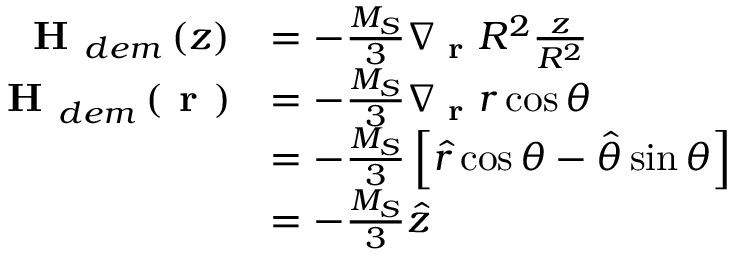
\begin{array} { r l } { \textbf { H } _ { d e m } \left( z \right) } & { = - \frac { M _ { S } } { 3 } \nabla _ { \textbf { r } } R ^ { 2 } \frac { z } { R ^ { 2 } } } \\ { \textbf { H } _ { d e m } \left( \textbf { r } \right) } & { = - \frac { M _ { S } } { 3 } \nabla _ { \textbf { r } } r \cos \theta } \\ & { = - \frac { M _ { S } } { 3 } \left[ \hat { r } \cos \theta - \hat { \theta } \sin \theta \right] } \\ & { = - \frac { M _ { S } } { 3 } \hat { z } } \end{array}